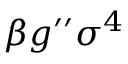
\beta g ^ { \prime \prime } \sigma ^ { 4 }